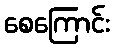
စေကြောင်း